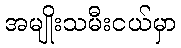
အမျိုးသမီးငယ်မှာ